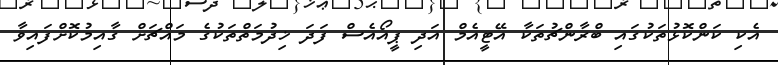
އެކި ކަންކޮޅުތަކުގައި ބްރާންޗުތަކާ އޭޓީއެމް އަދި ޕީއޯއެސް ފަދަ ޚިދުމަތްތަކުގެ މައްޗަށް ގާއިމުކޮށްފައިވާ